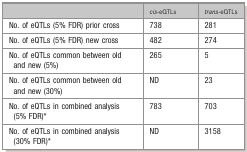
|  | cis‐eQTLs | trans‐eQTLs |
 | --- | --- | --- |
 | No. of eQTLs (5% FDR) prior cross | 738 | 281 |
 | No. of eQTLs (5% FDR) new cross | 482 | 274 |
 | No. of eQTLs common between old and new (5%) | 265 | 5 |
 | No. of eQTLs common between old and new (30%) | ND | 23 |
 | No. of eQTLs in combined analysis (5% FDR)* | 783 | 703 |
 | No. of eQTLs in combined analysis (30% FDR)* | ND | 3158 |